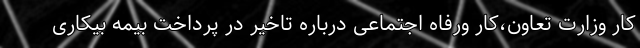
کار وزارت تعاون،کار ورفاه اجتماعی درباره تاخیر در پرداخت بیمه بیکاری